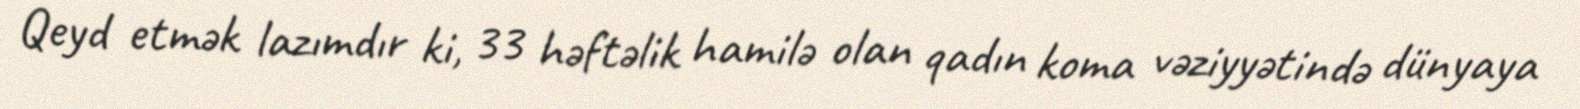
Qeyd etmək lazımdır ki, 33 həftəlik hamilə olan qadın koma vəziyyətində dünyaya